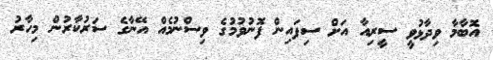
އޮބާމާ ވިދާޅުވީ ސީރިއާ އަށް ސިފައިން ފޮނުވުމުގެ ވިސްނުމެއް އޭނާގެ ސަރުކާރުން މިހާރު